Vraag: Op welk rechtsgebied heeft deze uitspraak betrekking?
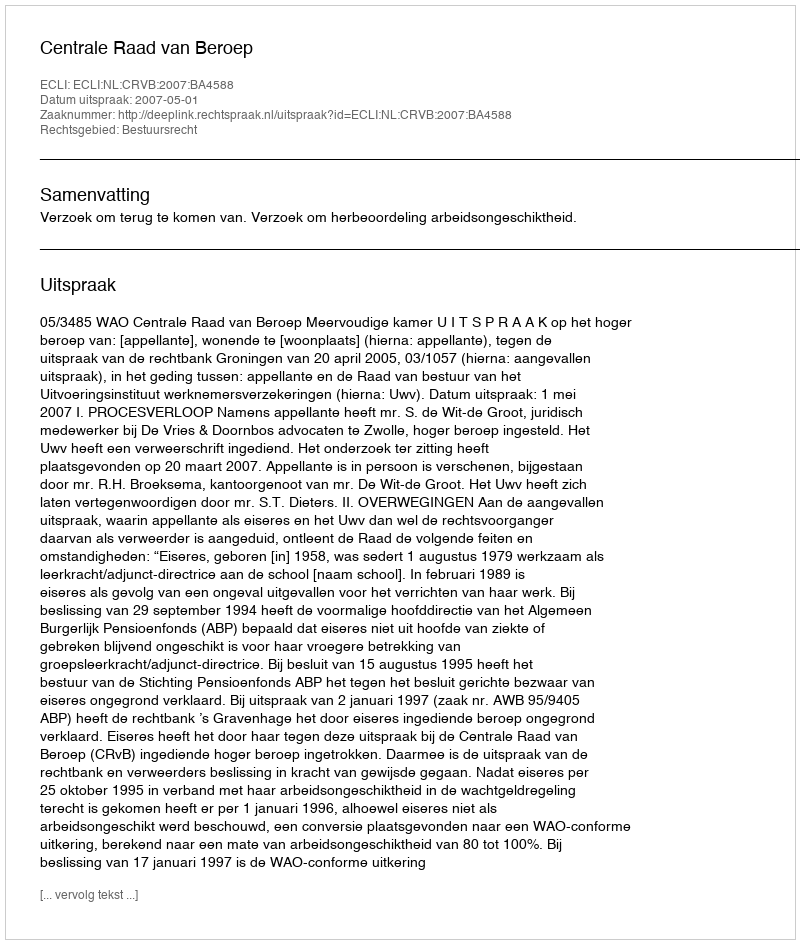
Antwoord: Bestuursrecht